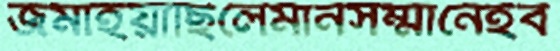
জমাইয়াছিলেমানসম্মানেইব